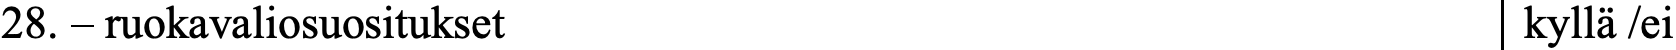
28. – ruokavaliosuositukset                       kyllä /ei